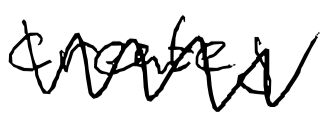
Text: creates
Cross-out: zig-zag
Writing tool: digital_black